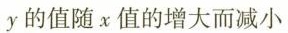
y 的值随 x 值的增大而减小